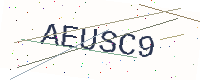
Text: AEUSC9